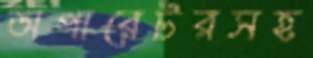
অপারেটরসহ